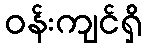
ဝန်းကျင်ရှိ